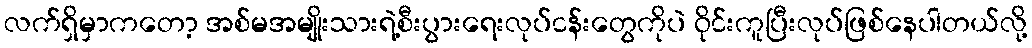
လက်ရှိမှာကတော့ အစ်မအမျိုးသားရဲ့စီးပွားရေးလုပ်ငန်းတွေကိုပဲ ဝိုင်းကူပြီးလုပ်ဖြစ်နေပါတယ်လို့